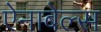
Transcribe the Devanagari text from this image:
ऐनाबेल्स